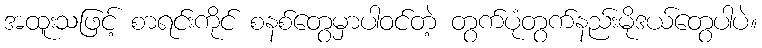
အထူးသဖြင့် စာရင်းကိုင် စနစ်တွေမှာပါဝင်တဲ့ တွက်ပုံတွက်နည်းမိုဒယ်တွေပါပဲ။